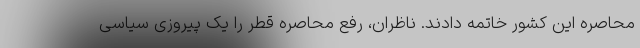
محاصره این کشور خاتمه دادند. ناظران، رفع محاصره قطر را یک پیروزی سیاسی